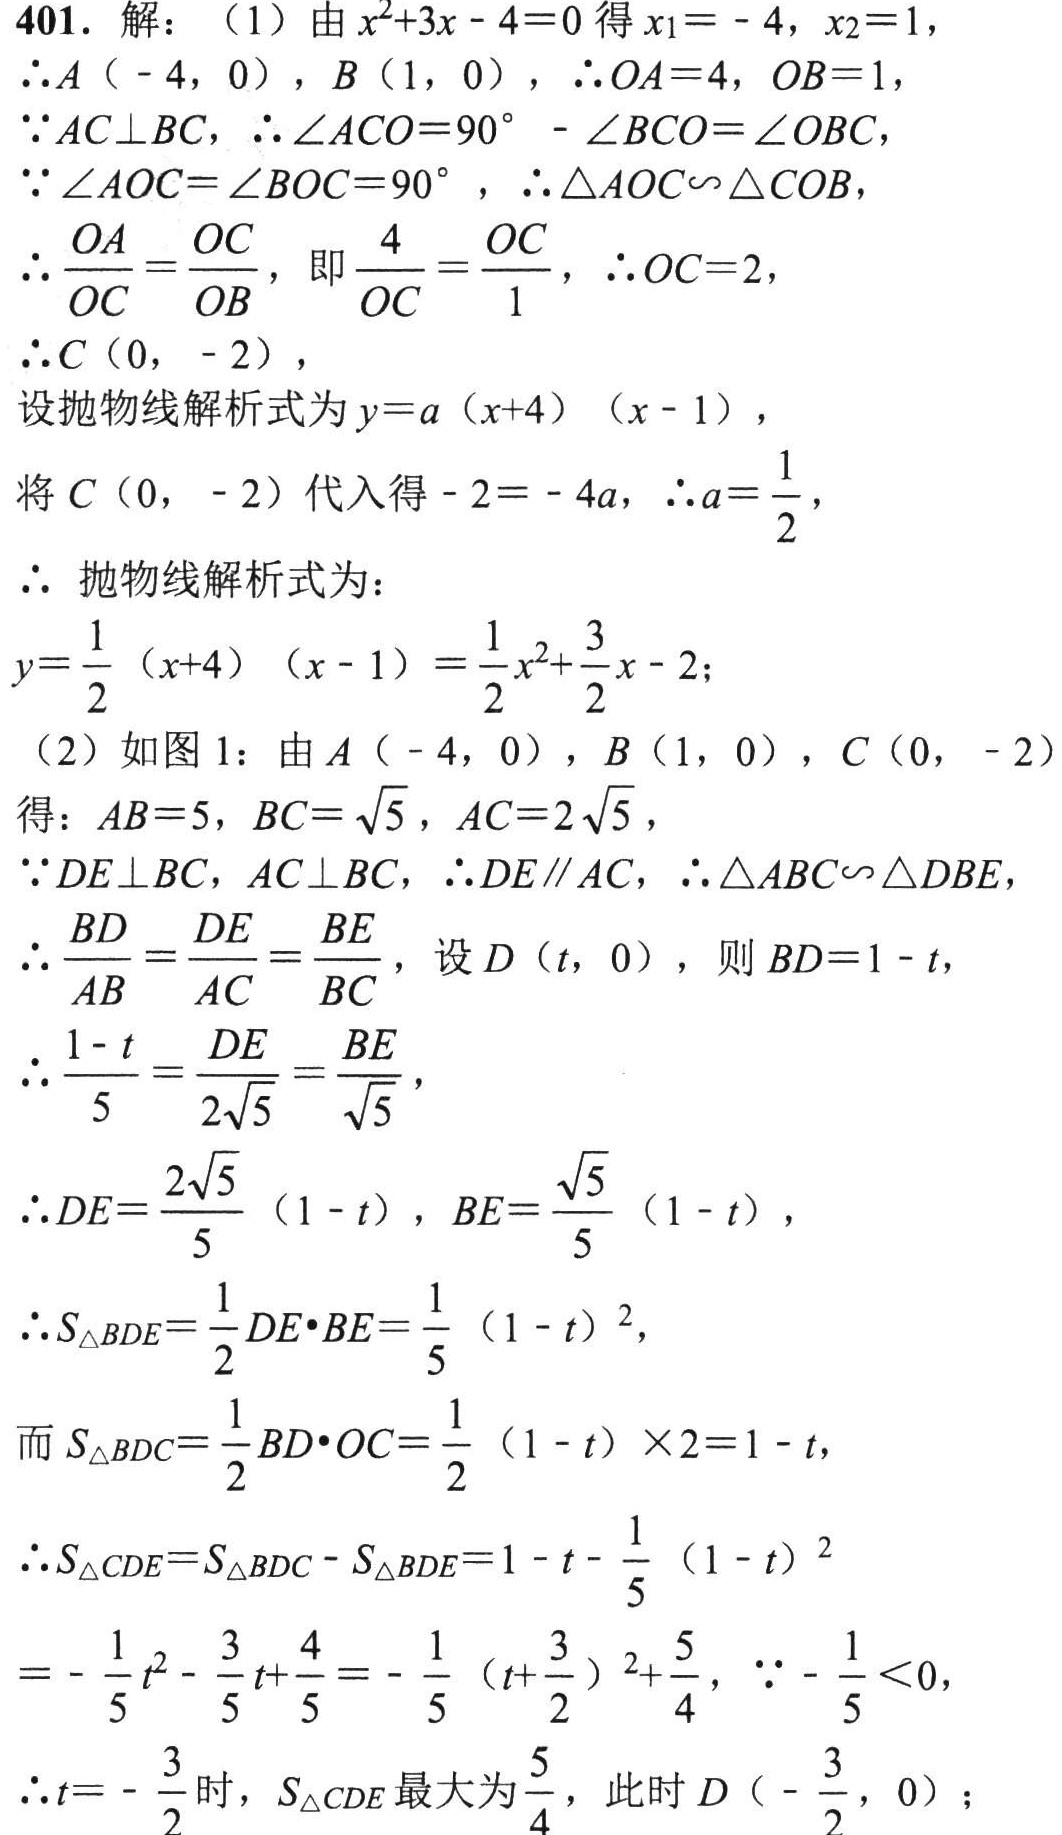
401. 解：

（1）由\(x^{2}+3x - 4 = 0\)得\(x_{1}=-4\)，\(x_{2}=1\)，

\(\therefore A(-4,0)\)，\(B(1,0)\)，\(\therefore OA = 4\)，\(OB = 1\)，

\(\because AC\perp BC\)，\(\therefore\angle ACO = 90^{\circ}-\angle BCO=\angle OBC\)，

\(\because\angle AOC=\angle BOC = 90^{\circ}\)，\(\therefore\triangle AOC\sim\triangle COB\)，

\(\therefore\frac{OA}{OC}=\frac{OC}{OB}\)，即\(\frac{4}{OC}=\frac{OC}{1}\)，\(\therefore OC = 2\)，

\(\therefore C(0,-2)\)，

设抛物线解析式为\(y = a(x + 4)(x - 1)\)，

将\(C(0,-2)\)代入得\(-2=-4a\)，\(\therefore a=\frac{1}{2}\)，

\(\therefore\)抛物线解析式为：

\(y=\frac{1}{2}(x + 4)(x - 1)=\frac{1}{2}x^{2}+\frac{3}{2}x - 2\)；

（2）如图1：由\(A(-4,0)\)，\(B(1,0)\)，\(C(0,-2)\)

得：\(AB = 5\)，\(BC=\sqrt{5}\)，\(AC = 2\sqrt{5}\)，

\(\because DE\perp BC\)，\(AC\perp BC\)，\(\therefore DE\parallel AC\)，\(\therefore\triangle ABC\sim\triangle DBE\)，

\(\therefore\frac{BD}{AB}=\frac{DE}{AC}=\frac{BE}{BC}\)，设\(D(t,0)\)，则\(BD = 1 - t\)，

\(\therefore\frac{1 - t}{5}=\frac{DE}{2\sqrt{5}}=\frac{BE}{\sqrt{5}}\)，

\(\therefore DE=\frac{2\sqrt{5}}{5}(1 - t)\)，\(BE=\frac{\sqrt{5}}{5}(1 - t)\)，

\(\therefore S_{\triangle BDE}=\frac{1}{2}DE\cdot BE=\frac{1}{5}(1 - t)^{2}\)，

而\(S_{\triangle BDC}=\frac{1}{2}BD\cdot OC=\frac{1}{2}(1 - t)\times2 = 1 - t\)，

\(\therefore S_{\triangle CDE}=S_{\triangle BDC}-S_{\triangle BDE}=1 - t-\frac{1}{5}(1 - t)^{2}\)

\(=-\frac{1}{5}t^{2}-\frac{3}{5}t+\frac{4}{5}=-\frac{1}{5}(t+\frac{3}{2})^{2}+\frac{5}{4}\)，\(\because-\frac{1}{5}<0\)，

\(\therefore t = -\frac{3}{2}\)时，\(S_{\triangle CDE}\)最大为\(\frac{5}{4}\)，此时\(D(-\frac{3}{2},0)\)；